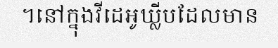
។នៅក្នុងវីដេអូឃ្លីបដែលមាន